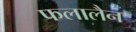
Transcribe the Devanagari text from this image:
फलालैन